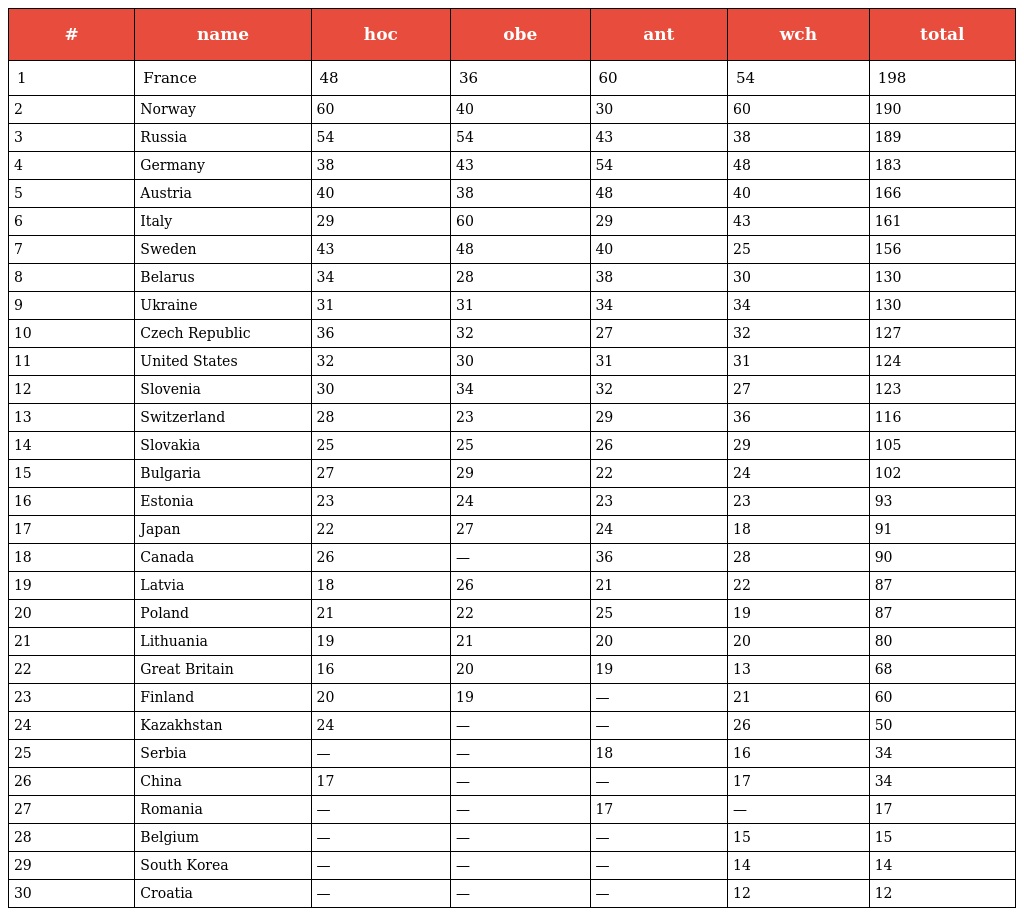
| # | name | hoc | obe | ant | wch | total |
 | --- | --- | --- | --- | --- | --- | --- |
 | 1 | France | 48 | 36 | 60 | 54 | 198 |
 | 2 | Norway | 60 | 40 | 30 | 60 | 190 |
 | 3 | Russia | 54 | 54 | 43 | 38 | 189 |
 | 4 | Germany | 38 | 43 | 54 | 48 | 183 |
 | 5 | Austria | 40 | 38 | 48 | 40 | 166 |
 | 6 | Italy | 29 | 60 | 29 | 43 | 161 |
 | 7 | Sweden | 43 | 48 | 40 | 25 | 156 |
 | 8 | Belarus | 34 | 28 | 38 | 30 | 130 |
 | 9 | Ukraine | 31 | 31 | 34 | 34 | 130 |
 | 10 | Czech Republic | 36 | 32 | 27 | 32 | 127 |
 | 11 | United States | 32 | 30 | 31 | 31 | 124 |
 | 12 | Slovenia | 30 | 34 | 32 | 27 | 123 |
 | 13 | Switzerland | 28 | 23 | 29 | 36 | 116 |
 | 14 | Slovakia | 25 | 25 | 26 | 29 | 105 |
 | 15 | Bulgaria | 27 | 29 | 22 | 24 | 102 |
 | 16 | Estonia | 23 | 24 | 23 | 23 | 93 |
 | 17 | Japan | 22 | 27 | 24 | 18 | 91 |
 | 18 | Canada | 26 | — | 36 | 28 | 90 |
 | 19 | Latvia | 18 | 26 | 21 | 22 | 87 |
 | 20 | Poland | 21 | 22 | 25 | 19 | 87 |
 | 21 | Lithuania | 19 | 21 | 20 | 20 | 80 |
 | 22 | Great Britain | 16 | 20 | 19 | 13 | 68 |
 | 23 | Finland | 20 | 19 | — | 21 | 60 |
 | 24 | Kazakhstan | 24 | — | — | 26 | 50 |
 | 25 | Serbia | — | — | 18 | 16 | 34 |
 | 26 | China | 17 | — | — | 17 | 34 |
 | 27 | Romania | — | — | 17 | — | 17 |
 | 28 | Belgium | — | — | — | 15 | 15 |
 | 29 | South Korea | — | — | — | 14 | 14 |
 | 30 | Croatia | — | — | — | 12 | 12 |